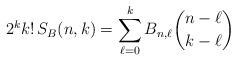
LaTeX: \begin{align*} 2^kk!\,S_B(n,k)=\sum_{\ell=0}^kB_{n,\ell}\binom{n-\ell}{k-\ell}\end{align*}